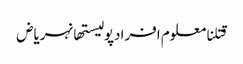
قتلنامعلوم افرادپولیستھانہریاض